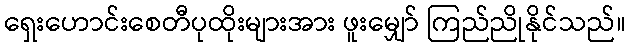
ရှေးဟောင်းစေတီပုထိုးများအား ဖူးမျှော် ကြည်ညိုနိုင်သည်။